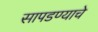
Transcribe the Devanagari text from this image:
सापडण्याचे